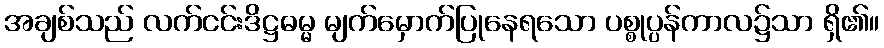
အချစ်သည် လက်ငင်းဒိဋ္ဌဓမ္မ မျက်မှောက်ပြုနေရသော ပစ္စုပ္ပန်ကာလ၌သာ ရှိ၏။